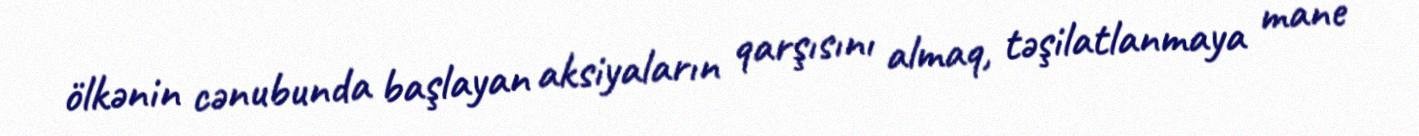
ölkənin cənubunda başlayan aksiyaların qarşısını almaq, təşilatlanmaya mane